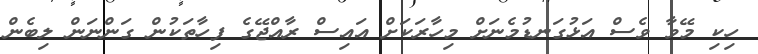
ހިކި މޭވާ ވެސް އަޅުގަނޑުމެނަށް މިހާރަކަށް އައިސް ރާއްޖޭގެ ފިހާތަކުން ގަންނަން ލިބެން